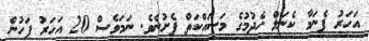
އަހަރު ޕެނަމާ ކެނަލް ހެދުމުގެ މަސައްކަތް ފެށުނެވެ. ނަމަވެސް 20 އަހަރު ފަހުން